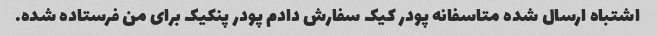
اشتباه ارسال شده متاسفانه پودر کیک سفارش دادم پودر پنکیک برای من فرستاده شده.